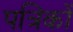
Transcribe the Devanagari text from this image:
पत्रिकों